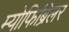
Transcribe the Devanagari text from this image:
म्योफिब्रिलर